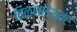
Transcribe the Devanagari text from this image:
तिळभांडेश्वर